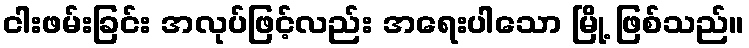
ငါးဖမ်းခြင်း အလုပ်ဖြင့်လည်း အရေးပါသော မြို့ ဖြစ်သည်။